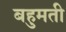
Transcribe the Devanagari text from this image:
बहुमती